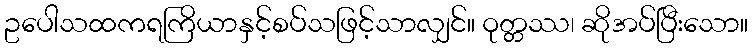
ဥပေါသထကရကြိယာနှင့်စပ်သဖြင့်သာလျှင်။ ဝုတ္တဿ၊ ဆိုအပ်ပြီးသော။